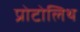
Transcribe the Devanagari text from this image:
प्रोटोलिथ